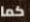
كما